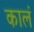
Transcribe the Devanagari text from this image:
कालं